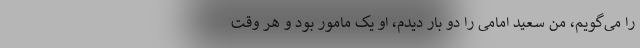
را می‌گویم، من سعید امامی را دو بار دیدم، او یک مامور بود و هر وقت